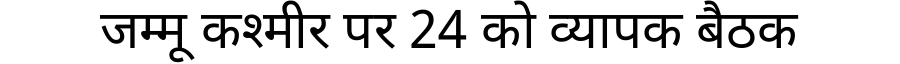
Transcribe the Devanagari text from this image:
जम्मू कश्मीर पर 24 को व्यापक बैठक